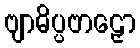
ဗျာဓိပ္ပဗာဠှော